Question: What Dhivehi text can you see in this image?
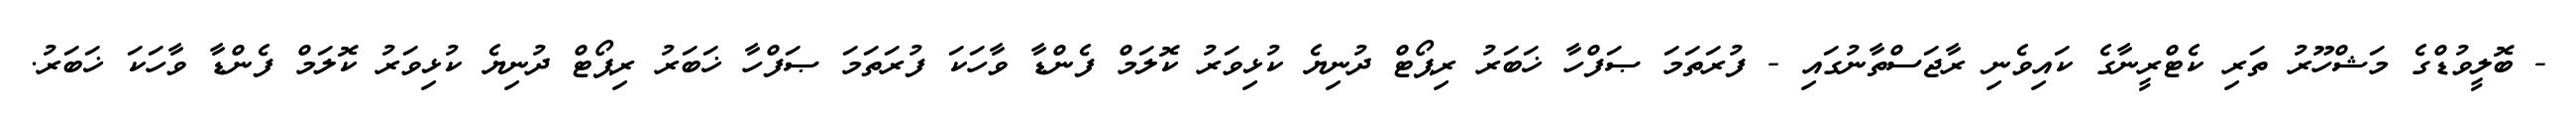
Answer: - ބޮލީވުޑްގެ މަޝްހޫރު ތަރި ކެޓްރީނާގެ ކައިވެނި ރާޖަސްތާނުގައި - ފުރަތަމަ ޞަފްހާ ޚަބަރު ރިޕޯޓް ދުނިޔެ ކުޅިވަރު ކޮލަމް ފެންޑާ ވާހަކަ ފުރަތަމަ ޞަފްހާ ޚަބަރު ރިޕޯޓް ދުނިޔެ ކުޅިވަރު ކޮލަމް ފެންޑާ ވާހަކަ ޚަބަރު.